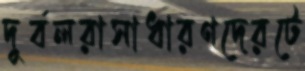
দুর্বলরাসাধারণদেরটে